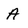
Character: A